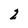
Character: 2